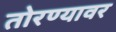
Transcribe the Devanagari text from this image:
तोरण्यावर